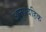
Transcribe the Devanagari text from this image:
अनुप्रवहिक